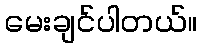
မေးချင်ပါတယ်။